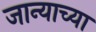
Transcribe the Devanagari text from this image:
जान्याच्या